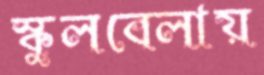
স্কুলবেলায়